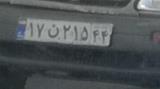
۱۷ن۲۱۵۴۴